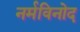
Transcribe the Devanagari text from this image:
नर्मविनोद